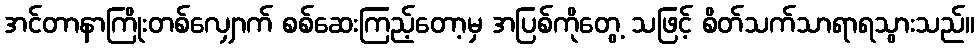
အင်တာနာကြိုးတစ်လျှောက် စစ်ဆေးကြည့်တော့မှ အပြစ်ကိုတွေ့ သဖြင့် စိတ်သက်သာရာရသွားသည်။